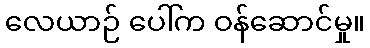
လေယာဉ် ပေါ်က ဝန်ဆောင်မှု။